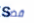
قضاء